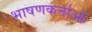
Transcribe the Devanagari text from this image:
भाषणकर्त्ताओं